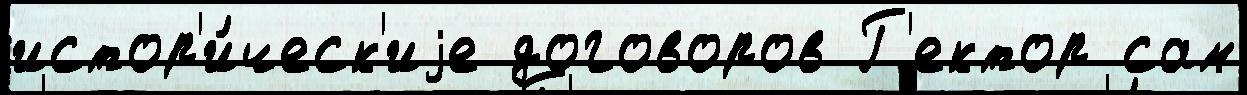
истор'и́ческ'иjе договоров Г'ектор сам